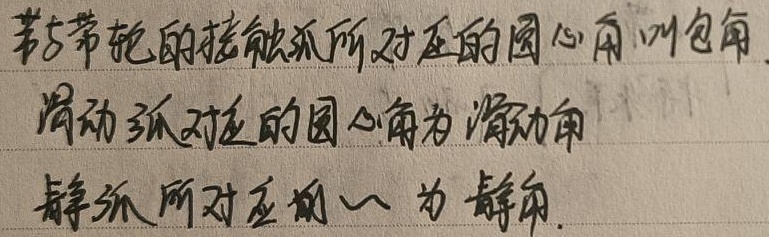
带轮的接触弧所对应的圆心角叫包角，滑动弧对应的圆心角为滑动角，静弧所对应的圆心角为静角。